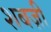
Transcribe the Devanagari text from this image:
शबज़ी